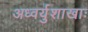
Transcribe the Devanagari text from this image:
अध्वर्युशाखाः